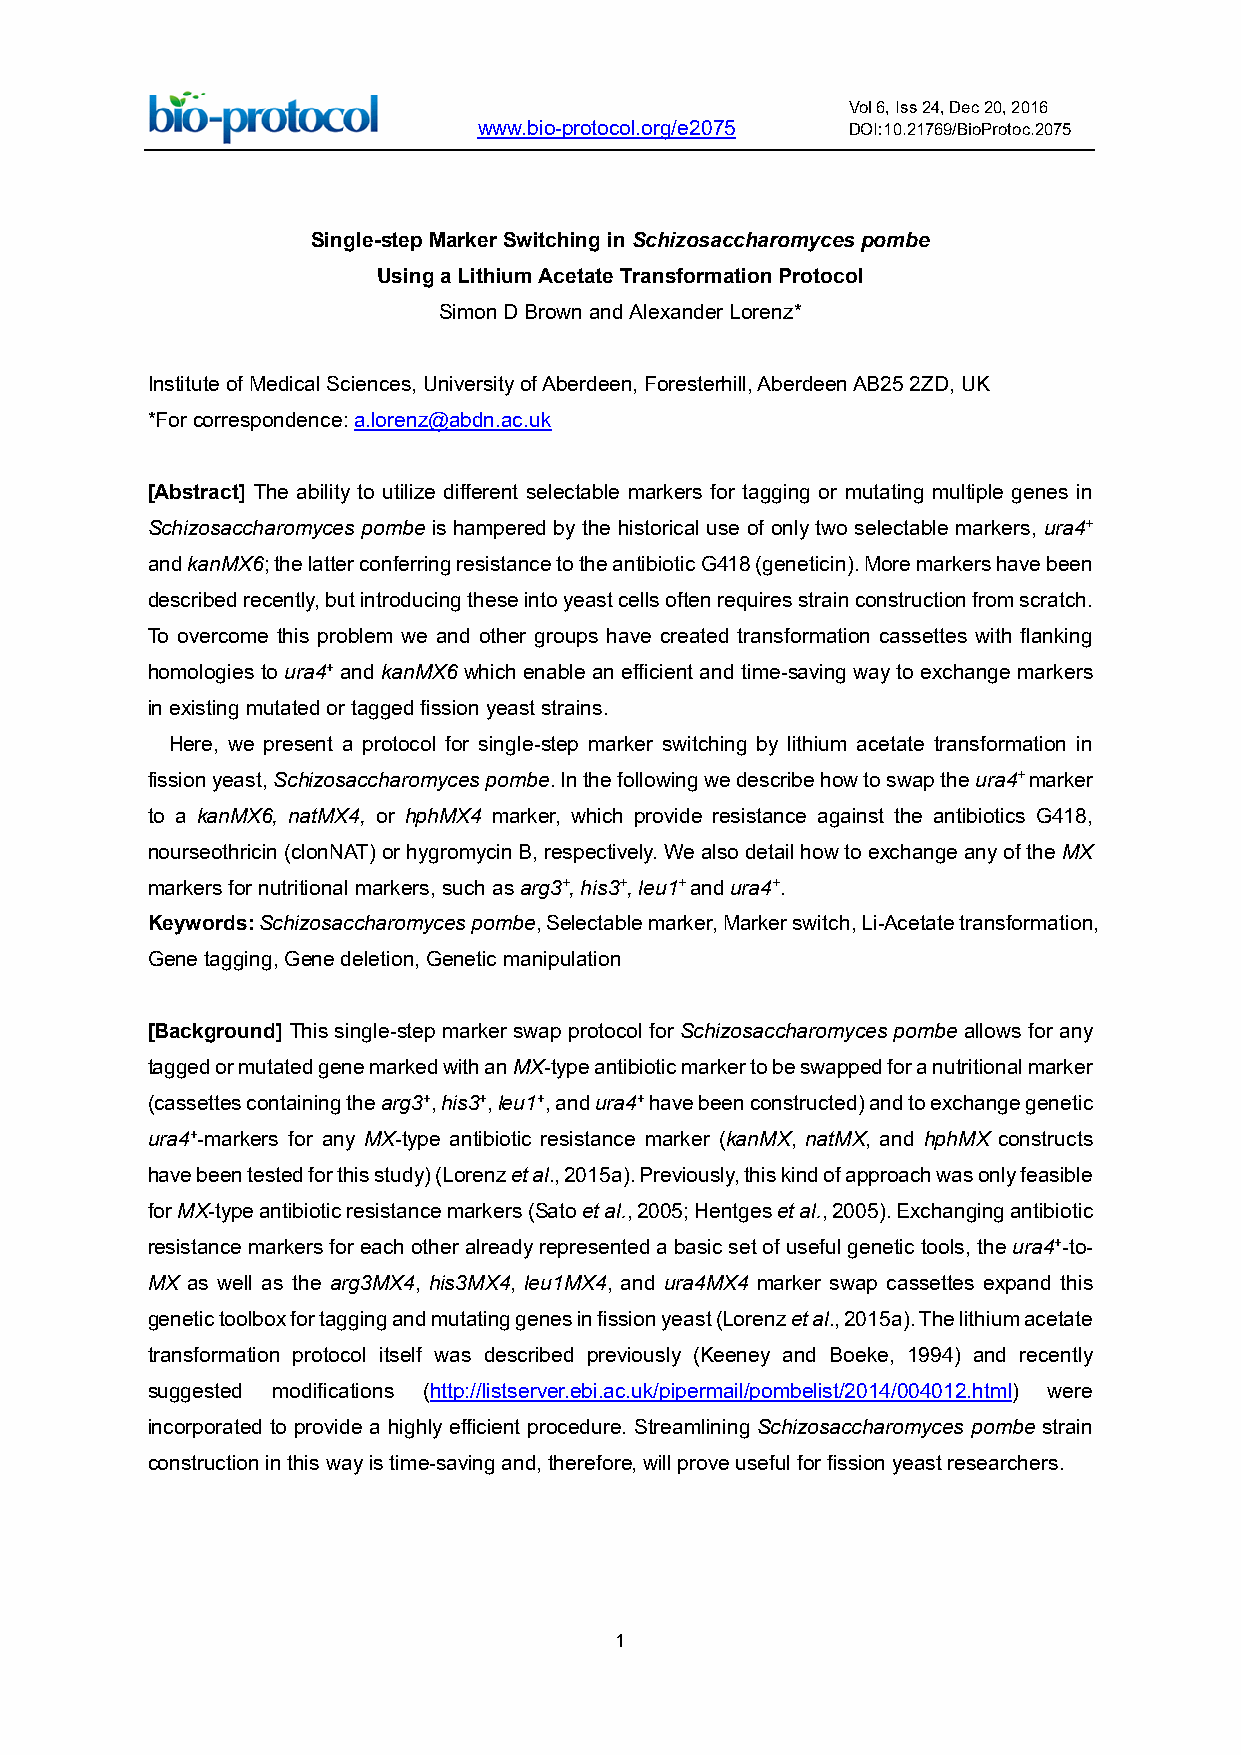
Vol 6, Iss 24, Dec 20, 2016
 www.bio-protocol.org/e2075 DOI:10.21769/BioProtoc.2075
 Single-step Marker Switching in Schizosaccharomyces pombe
 Using a Lithium Acetate Transformation Protocol
 Simon D Brown and Alexander Lorenz*
 Institute of Medical Sciences, University of Aberdeen, Foresterhill, Aberdeen AB25 2ZD, UK
 *For correspondence: a.lorenz@abdn.ac.uk
 [Abstract] The ability to utilize different selectable markers for tagging or mutating multiple genes in
 Schizosaccharomyces pombe is hampered by the historical use of only two selectable markers, ura4+
 and kanMX6; the latter conferring resistance to the antibiotic G418 (geneticin). More markers have been
 described recently, but introducing these into yeast cells often requires strain construction from scratch.
 To overcome this problem we and other groups have created transformation cassettes with flanking
 homologies to ura4+ and kanMX6 which enable an efficient and time-saving way to exchange markers
 in existing mutated or tagged fission yeast strains.
 Here, we present a protocol for single-step marker switching by lithium acetate transformation in
 fission yeast, Schizosaccharomyces pombe. In the following we describe how to swap the ura4+ marker
 to a kanMX6, natMX4, or hphMX4 marker, which provide resistance against the antibiotics G418,
 nourseothricin (clonNAT) or hygromycin B, respectively. We also detail how to exchange any of the MX
 markers for nutritional markers, such as arg3+, his3+, leu1+ and ura4+.
 Keywords: Schizosaccharomyces pombe, Selectable marker, Marker switch, Li-Acetate transformation,
 Gene tagging, Gene deletion, Genetic manipulation
 [Background] This single-step marker swap protocol for Schizosaccharomyces pombe allows for any
 tagged or mutated gene marked with an MX-type antibiotic marker to be swapped for a nutritional marker
 (cassettes containing the arg3+, his3+, leu1+, and ura4+ have been constructed) and to exchange genetic
 ura4+-markers for any MX-type antibiotic resistance marker (kanMX, natMX, and hphMX constructs
 have been tested for this study) (Lorenz et al., 2015a). Previously, this kind of approach was only feasible
 for MX-type antibiotic resistance markers (Sato et al., 2005; Hentges et al., 2005). Exchanging antibiotic
 resistance markers for each other already represented a basic set of useful genetic tools, the ura4+-to-
 MX as well as the arg3MX4, his3MX4, leu1MX4, and ura4MX4 marker swap cassettes expand this
 genetic toolbox for tagging and mutating genes in fission yeast (Lorenz et al., 2015a). The lithium acetate
 transformation protocol itself was described previously (Keeney and Boeke, 1994) and recently
 suggested modifications (http://listserver.ebi.ac.uk/pipermail/pombelist/2014/004012.html) were
 incorporated to provide a highly efficient procedure. Streamlining Schizosaccharomyces pombe strain
 construction in this way is time-saving and, therefore, will prove useful for fission yeast researchers.
 1